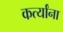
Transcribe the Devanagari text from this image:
कर्त्यांना